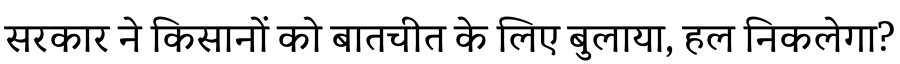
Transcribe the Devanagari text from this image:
सरकार ने किसानों को बातचीत के लिए बुलाया, हल निकलेगा?